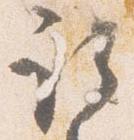
取